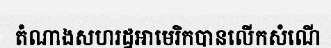
តំណាងសហរដ្ឋអាមេរិកបានលើកសំណើ